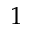
1